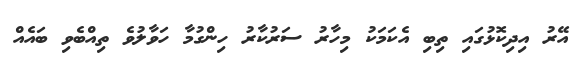
އޭރު އިދިކޮޅުގައި ތިބި އެކަމަކު މިހާރު ސަރުކާރު ހިންގުމާ ހަވާލުވެ ތިއްބެވި ބައެއް